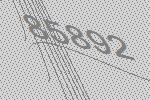
85892